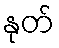
နုတ်